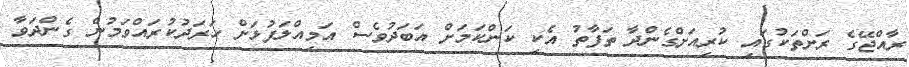
ރާއްޖޭގެ ރަށްތަކުގައި ކުރިއަށްގެންދާ ތަފާތު އެކި ކަންކަމަށް އަބަދުވެސް އަމިއްލަފުޅަށް ހަރަދުކުރައްވަމުން ގެންދަވާ